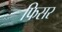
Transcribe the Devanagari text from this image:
फिसर